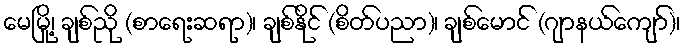
မေမြို့၊ ချစ်ညို (စာရေးဆရာ)၊ ချစ်နိုင် (စိတ်ပညာ)၊ ချစ်မောင် (ဂျာနယ်ကျော်)၊